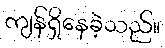
ကျန်ရှိနေခဲ့သည်။